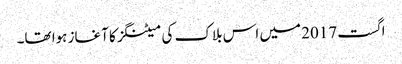
اگست 2017 میں اس بلاک کی میٹنگز کا آغاز ہوا تھا۔